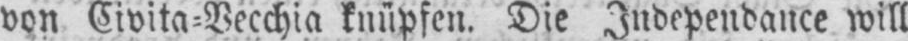
von Civita⸗Vecchia knüpfen. Die Independance will